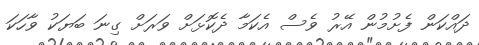
ދައްކަން ފެށުމުން އޭރު ވެސް އެކަމާ ދެކޮޅަށް ވަރަށް ގިނަ ބަޔަކު ވާހަކަ